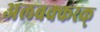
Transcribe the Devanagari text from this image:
अलबक्करक्